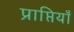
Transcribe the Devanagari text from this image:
प्राप्तियाँ